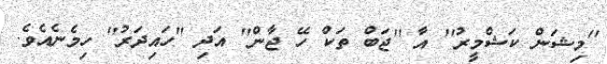
''މިޝަން ކަޝްމީރު'' އާ ''ޖަބް ތަކް ހޭ ޖާން'' އަދި ''ހައިދަރު'' ހިމެނެއެވެ.